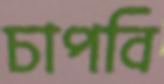
চাপবি